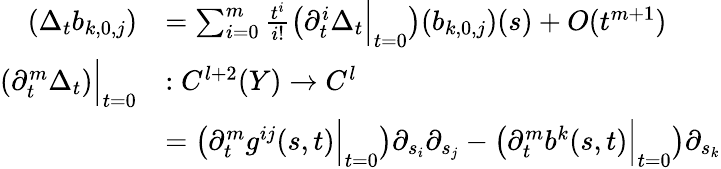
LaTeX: \begin{array}{rl}{(\Delta_{t}b_{k,0,j})}&{=\sum_{i=0}^{m}\frac{t^{i}}{i!}\left(\partial_{t}^{i}\Delta_{t}\Big|_{t=0}\right)(b_{k,0,j})(s)+O(t^{m+1})}\\ {(\partial_{t}^{m}\Delta_{t})\Big|_{t=0}}&{:C^{l+2}(Y)\to C^{l}}\\ &{=\left(\partial_{t}^{m}g^{ij}(s,t)\Big|_{t=0}\right)\partial_{s_{i}}\partial_{s_{j}}-\left(\partial_{t}^{m}b^{k}(s,t)\Big|_{t=0}\right)\partial_{s_{k}}}\end{array}